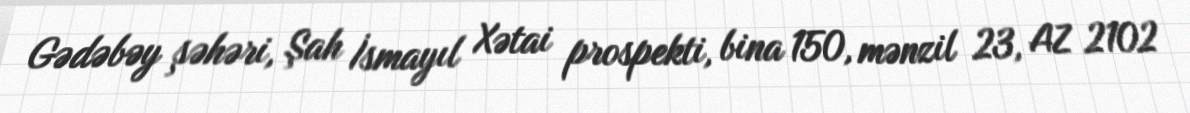
Gədəbəy şəhəri, Şah İsmayıl Xətai prospekti, bina 150, mənzil 23, AZ 2102